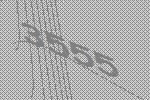
3555